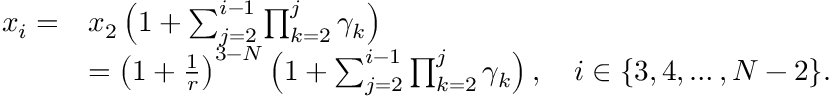
\begin{array} { r l } { x _ { i } = } & { x _ { 2 } \left( 1 + \sum _ { j = 2 } ^ { i - 1 } \prod _ { k = 2 } ^ { j } \gamma _ { k } \right) } \\ & { = \left( 1 + \frac { 1 } { r } \right) ^ { 3 - N } \left( 1 + \sum _ { j = 2 } ^ { i - 1 } \prod _ { k = 2 } ^ { j } \gamma _ { k } \right) , \quad i \in \{ 3 , 4 , \ldots , N - 2 \} . } \end{array}